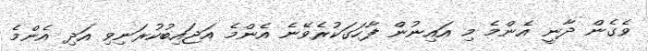
ވެގެން ދާނީ އެންމެ މި އައިނުން ފާހަގަކުރެވޭނެ އެންމެ އަޖައިބުކުރަނިވި އަދި އެންމެ